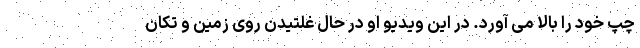
چپ خود را بالا می آورد. در این ویدیو او در حال غلتیدن روی زمین و تکان